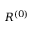
R ^ { ( 0 ) }